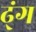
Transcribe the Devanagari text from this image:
ढ्ंग